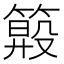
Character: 𥲏